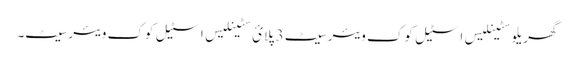
گھریلو سٹینلیس اسٹیل کوک ویئر سیٹ 3 پلائ سٹینلیس اسٹیل کوک ویئر سیٹ۔